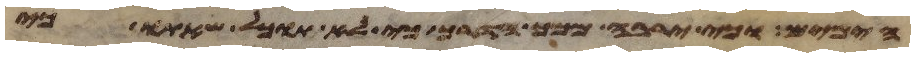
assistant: הימים וכי ירבה ממך הדרך כי לא תוכל שאתו כי